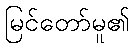
မြင်တော်မူ၏